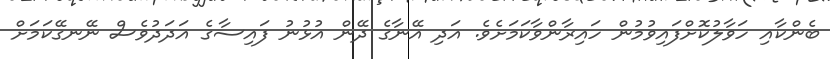
ބެންކާއި ހަވާލުކޮށްފައިވުމުން ހައިރާންވާކަމަށެވެ. އަދި އޭނާގެ ދޭން އުޅުނު ފައިސާގެ އަދަދުވެސް ނޭނގޭކަމަށް